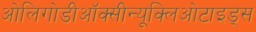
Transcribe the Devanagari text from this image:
ओलिगोडीऑक्सीन्यूक्लिओटाइड्स